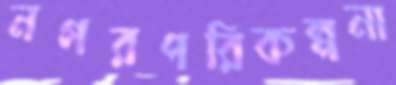
নগরপরিকল্পনা